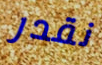
نقدر